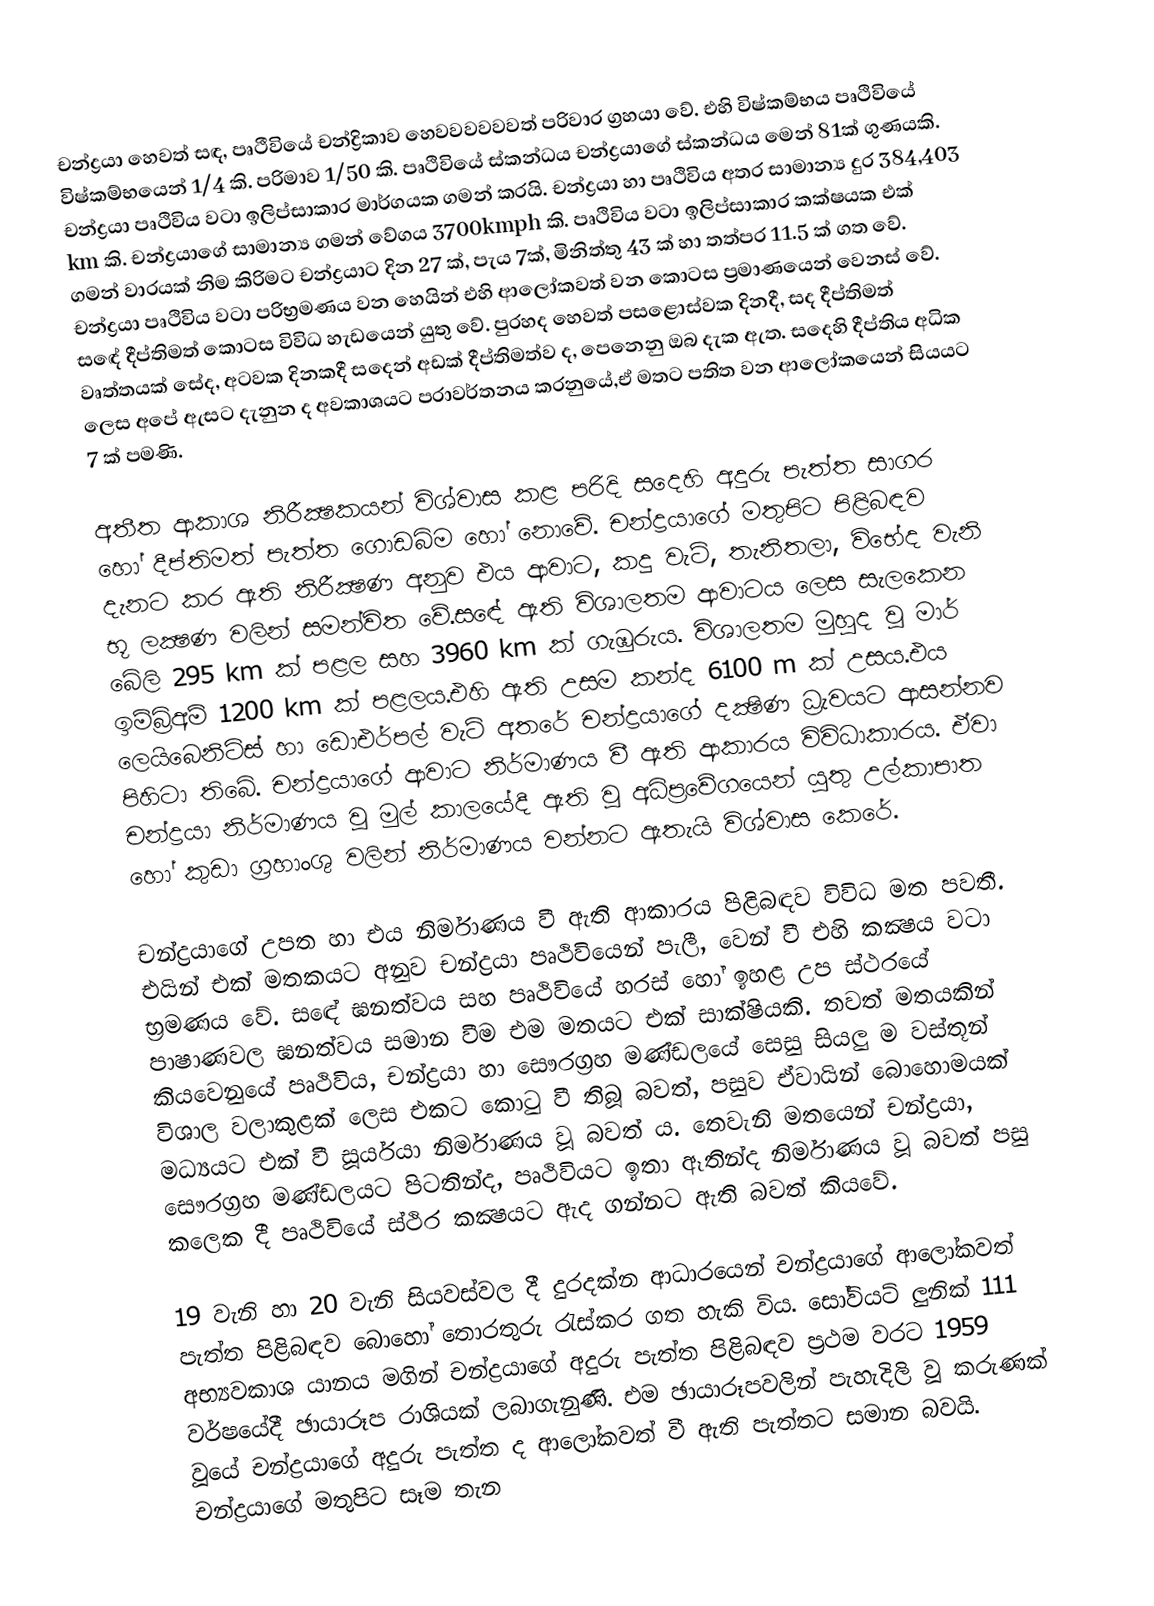
චන්ද්‍රයා හෙවත් සඳ, පෘථීවියේ චන්ද්‍රිකාව හෙවවවවවවත් පරිවාර ග්‍රහයා වේ. එහි විෂ්කම්භය පෘථිවියේ විෂ්කම්භයෙන් 1/4 කි. පරිමාව 1/50 කි. පෘථිවියේ ස්කන්ධය චන්ද්‍රයාගේ ස්කන්ධය මෙන් 81ක් ගුණයකි. චන්ද්‍රයා පෘථිවිය වටා ඉලිප්සාකාර මාර්ගයක ගමන් කරයි. චන්ද්‍රයා හා පෘථිවිය අතර සාමාන්‍ය දුර 384,403 km කි. චන්ද්‍රයාගේ සාමාන්‍ය ගමන් වේගය 3700kmph කි. පෘථිවිය වටා ඉලිප්සාකාර කක්ෂයක එක් ගමන් වාරයක් නිම කිරිමට චන්ද්‍රයාට දින 27 ක්, පැය 7ක්, මිනිත්තු 43 ක් හා තත්පර 11.5 ක් ගත වේ. චන්ද්‍රයා පෘථිවිය වටා පරිභ්‍රමණය වන හෙයින් එහි ආලෝකවත් වන කොටස ප්‍රමාණයෙන් වෙනස් වේ. සඳේ දීප්තිමත් කොටස විවිධ හැඩයෙන් යුතු වේ. පුරහද හෙවත් පසළොස්වක දිනදී, සද දීප්තිමත් වෘත්තයක් සේද, අටවක දිනකදී සදෙන් අඩක් දීප්තිමත්ව ද, පෙනෙනු ඔබ දැක ඇත. සදෙහි දීප්තිය අධික ලෙස අපේ ඇසට දැනුන ද අවකාශයට පරාවර්තනය කරනුයේ,ඒ මතට පතිත වන ආලෝකයෙන් සියයට 7 ක් පමණි.

අතීත ආකාශ නිරීක්‍ෂකයන් විශ්වාස කළ පරිදි සදෙහි අදුරු පැත්ත සාගර හෝ දීප්තිමත් පැත්ත ගොඩබිම හෝ නොවේ. චන්ද්‍රයාගේ මතුපිට පිළිබඳව දැනට කර ඇති නිරීක්‍ෂණ අනුව එය ආවාට, කදු වැටි, තැනිතලා, විභේද වැනි භූ ලක්‍ෂණ වලින් සමන්විත වේ.සඳේ ඇති විශාලතම ආවාටය ලෙස සැලකෙන බේලි 295 km ක් පළල සහ 3960 km ක් ගැඹුරුය. විශාලතම මුහුද වූ මාර් ඉම්බ්‍රිඅම් 1200 km ක් පළලය.එහි ඇති උසම කන්ද 6100 m ක් උසය.එය ලෙයිබෙනිට්ස් හා ඩොඑර්පල් වැටි අතරේ චන්ද්‍රයාගේ දක්‍ෂිණ ධ්‍රැවයට ආසන්නව පිහිටා තිබේ. චන්ද්‍රයාගේ ආවාට නිර්මාණය වී ඇති ආකාරය විවිධාකාරය. ඒවා චන්ද්‍රයා නිර්මාණය වූ මුල් කාලයේදී ඇති වූ අධිප්‍රවේගයෙන් යුතු උල්කාපාත හෝ කුඩා ග්‍රහාංශු වලින් නිර්මාණය වන්නට ඇතැයි විශ්වාස කෙරේ.

චන්ද්‍රයාගේ උපත හා එය නිර්මාණය වී ඇති ආකාරය පිළිබඳව විවිධ මත පවතී. එයින් එක් මතකයට අනුව චන්ද්‍රයා පෘථිවියෙන් පැලී, වෙන් වී එහි කක්‍ෂය වටා භ්‍රමණය වේ. සඳේ ඝනත්වය සහ පෘථිවියේ හරස් හෝ ඉහළ උප ස්ථරයේ පාෂාණවල ඝනත්වය සමාන වීම එම මතයට එක් සාක්ෂියකි. තවත් මතයකින් කියවෙනුයේ පෘථිවිය, චන්ද්‍රයා හා සෞරග්‍රහ මණ්ඩලයේ සෙසු සියලු ම වස්තූන් විශාල වලාකුළක් ලෙස එකට කොටු වී තිබූ බවත්, පසුව ඒවායින් බොහොමයක් මධ්‍යයට එක් වී සූර්යයා නිර්මාණය වූ බවත් ය. තෙවැනි මතයෙන් චන්ද්‍රයා, සෞරග්‍රහ මණ්ඩලයට පිටතින්ද, පෘථිවියට ඉතා ඈතින්ද නිර්මාණය වූ බවත් පසු කලෙක දී පෘථිවියේ ස්ථිර කක්‍ෂයට ඇද ගන්නට ඇති බවත් කියවේ.

19 වැනි හා 20 වැනි සියවස්වල දී දුරදක්න ආධාරයෙන් චන්ද්‍රයාගේ ආලෝකවත් පැත්ත පිළිබඳව බොහෝ තොරතුරු රැස්කර ගත හැකි විය. සෝවියට් ලුනික් 111 අභ්‍යවකාශ යානය මගින් චන්ද්‍රයාගේ අදුරු පැත්ත පිළිබඳව ප්‍රථම වරට 1959 වර්ෂයේදී ඡායාරූප රාශියක් ලබාගැනුණි. එම ඡායාරූපවලින් පැහැදිලි වූ කරුණක් වූයේ චන්ද්‍රයාගේ අදුරු පැත්ත ද ආලෝකවත් වී ඇති පැත්තට සමාන බවයි. චන්ද්‍රයාගේ මතුපිට සෑම තැන